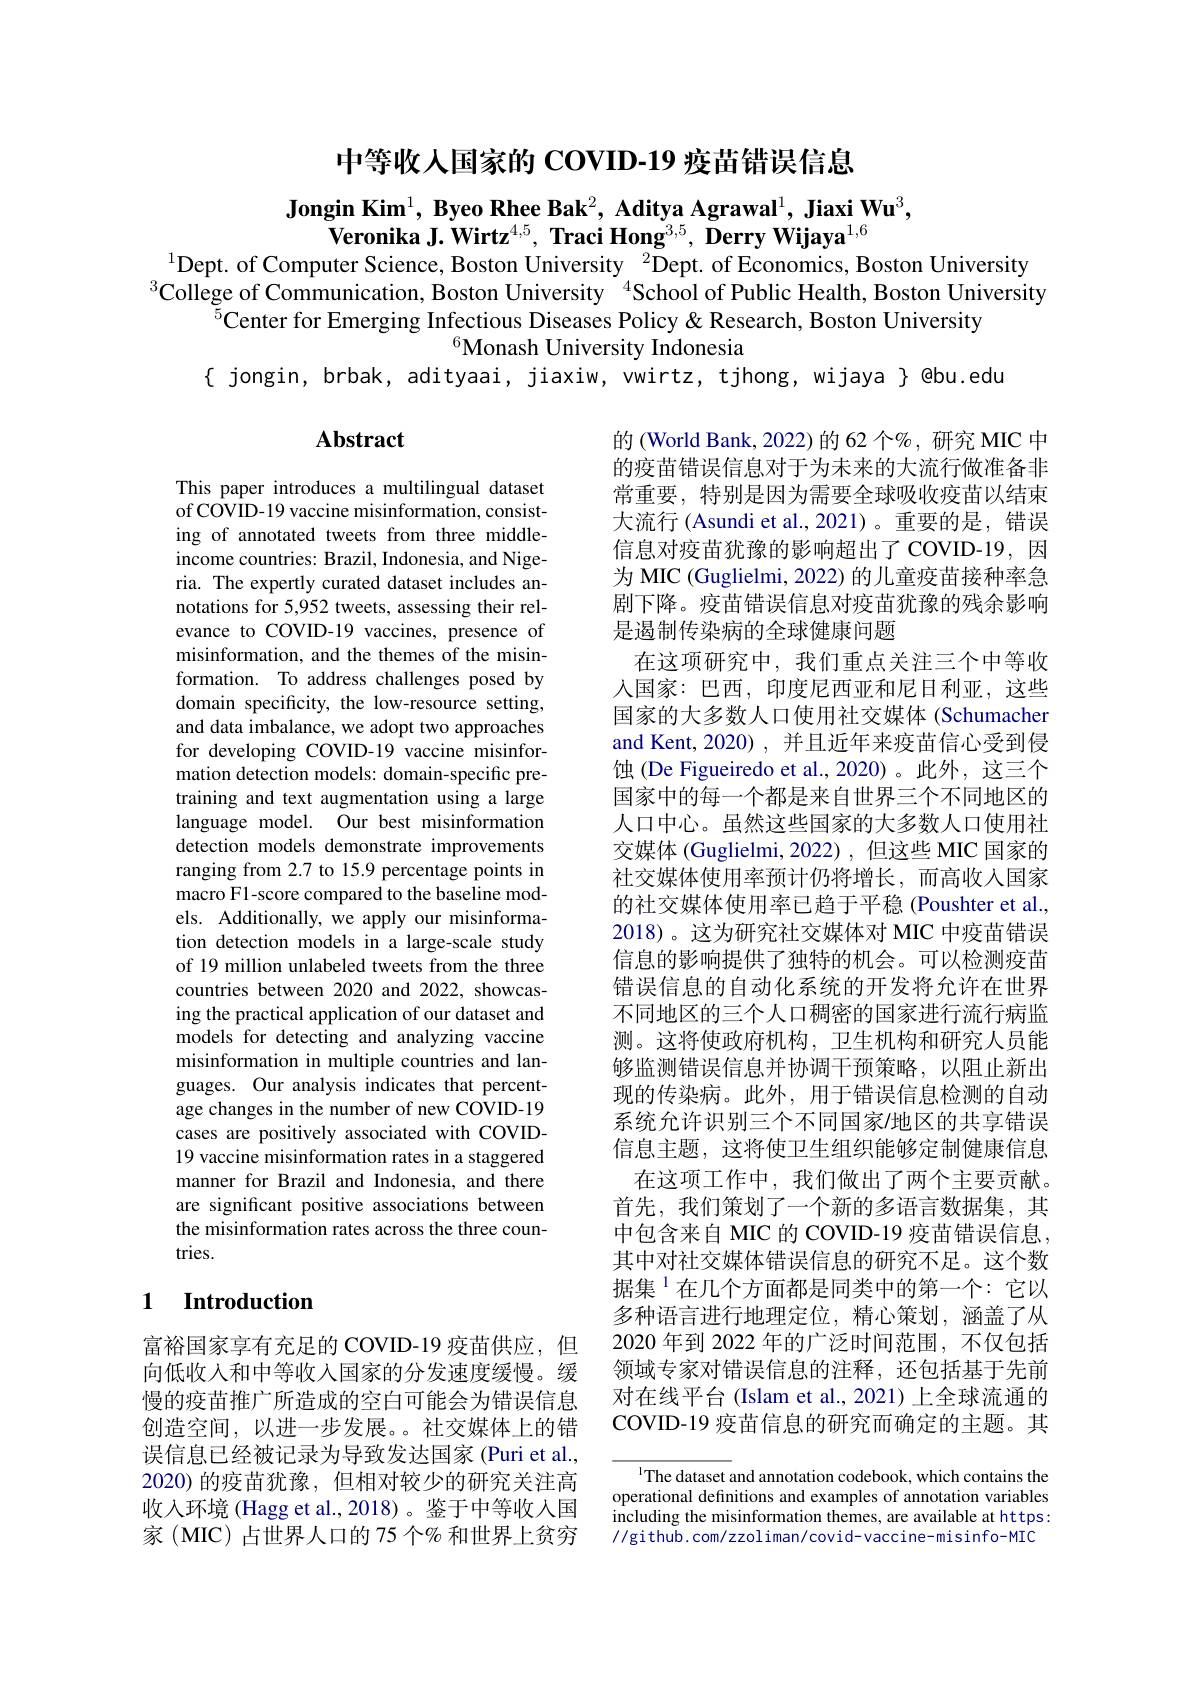
中等收人国家的 COVID-19 疫苗错误信息

$\textbf{Jongin Kim}^1,\textbf{ Byeo Rhee Bak}^2,\textbf{ Aditya Agrawal}^1,\textbf{ Jiaxi Wu}^3$,
$\textbf{Veronika J. Wirtz}^{4,5},\textbf{ Traci Hong}^{3,5},\textbf{ Derry Wijaya}^{1,6}$
$^{1}$Dept. of Computer Science, Boston University $^{2}$Dept. of Economics, Boston University

$^{3}$College of Communication, Boston University $^{4}$School of Public Health, Boston University
$^{5}$Center for Emerging Infectious Diseases Policy & Research, Boston University
$^{6}$Monash University Indonesia
{ jongin, brbak, adityaai, jiaxiw, vwirtz, tjhong, wijaya } @bu.edu

## $\mathbf{Abstract}$

This paper introduces a multilingual dataset of COVID- 19 vaccine misinformation, consist- ing of annotated tweets from three middleincome countries: Brazil, Indonesia, and Nigeria. The expertly curated dataset includes annotations for 5,952 tweets, assessing their relevance to COVID-19 vaccines, presence of misinformation, and the themes of the misinformation. To address challenges posed by domain specificity, the low-resource setting, and data imbalance, we adopt two approaches for developing COVID-19 vaccine misinformation detection models: domain-specific pretraining and text augmentation using a large language model. Our best misinformation detection models demonstrate improvements ranging from 2.7 to 15.9 percentage points in macro F1-score compared to the baseline models. Additionally, we apply our misinformation detection models in a large-scale study of 19 million unlabeled tweets from the three countries between 2020 and 2022, showcasing the practical application of our dataset and models for detecting and analyzing vaccine misinformation in multiple countries and languages. Our analysis indicates that percentage changes in the number of new COVID-19 cases are positively associated with COVID- 19 vaccine misinformation rates in a staggered manner for Brazil and Indonesia, and there are significant positive associations between the misinformation rates across the three countries.

的(World Bank, 2022)的 62 个%,研究 MIC 中的疫苗错误信息对于为未来的大流行做准备非常重要，特别是因为需要全球吸收疫苗以结束大流行(Asundi et al.,2021)。重要的是，错误信息对疫苗犹豫的影响超出了 COVID-19,因为 MIC (Guglielmi, 2022) 的儿童疫苗接种率急剧下降。疫苗错误信息对疫苗犹豫的残余影响是遏制传染病的全球健康问题
在这项研究中，我们重点关注三个中等收人国家：巴西，印度尼西亚和尼日利亚，这些国家的大多数人口使用社交媒体(Schumacher and Kent, 2020) , 并且近年来疫苗信心受到侵蚀 (De Figueiredo et al., 2020)。此外，这三个国家中的每一个都是来自世界三个不同地区的人口中心。虽然这些国家的大多数人口使用社交媒体 (Guglielmi, 2022) , 但这些 MIC 国家的社交媒体使用率预计仍将增长，而高收入国家的社交媒体使用率已趋于平稳 (Poushter et al. 2018)。这为研究社交媒体对 MIC 中疫苗错误信息的影响提供了独特的机会。可以检测疫苗错误信息的自动化系统的开发将允许在世界不同地区的三个人口稠密的国家进行流行病监测。这将使政府机构，卫生机构和研究人员能够监测错误信息并协调干预策略，以阻止新出现的传染病。此外，用于错误信息检测的自动系统允许识别三个不同国家/地区的共享错误信息主题，这将使卫生组织能够定制健康信息
在这项工作中，我们做出了两个主要贡献。首先，我们策划了一个新的多语言数据集，其中包含来自 MIC 的 COVID-19 疫苗错误信息， 其中对社交媒体错误信息的研究不足。这个数据集$^{1}$在几个方面都是同类中的第一个：它以多种语言进行地理定位，精心策划，涵盖了从2020 年到 2022 年的广泛时间范围，不仅包括领域专家对错误信息的注释，还包括基于先前对在线平台 (Islam et al., 2021) 上全球流通的COVID-19 疫苗信息的研究而确定的主题。其

## 1 $\textbf{Introduction}$

富裕国家享有充足的 COVID-19 疫苗供应，但向低收入和中等收入国家的分发速度缓慢。缓慢的疫苗推广所造成的空白可能会为错误信息创造空间，以进一步发展。。社交媒体上的错误信息已经被记录为导致发达国家(Puri et al., 2020)的疫苗犹豫，但相对较少的研究关注高收入环境 (Hagg et al.,2018)。鉴于中等收人国家(MIC)占世界人口的 75 个% 和世界上贫穷

$^{\text{l}}$The dataset and annotation codebook, which contains the operational definitions and examples of annotation variables including the misinformation themes, are available at https: //github.com/zzoliman/covid-vaccine-misinfo-MIC